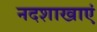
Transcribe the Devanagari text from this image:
नदशाखाएं